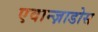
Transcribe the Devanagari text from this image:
एवान्ज़ाडोस